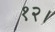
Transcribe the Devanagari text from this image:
१२।